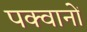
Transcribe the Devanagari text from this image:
पक्वानों